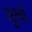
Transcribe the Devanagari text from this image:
सुत्यो